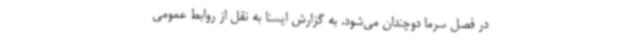
در فصل سرما دوچندان می‌شود. به گزارش ایسنا به نقل از روابط عمومی